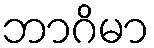
ဘာဂိမာ